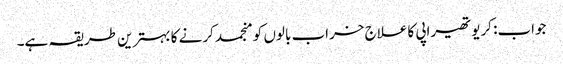
جواب: کریوتھیراپی کا علاج خراب بالوں کو منجمد کرنے کا بہترین طریقہ ہے۔